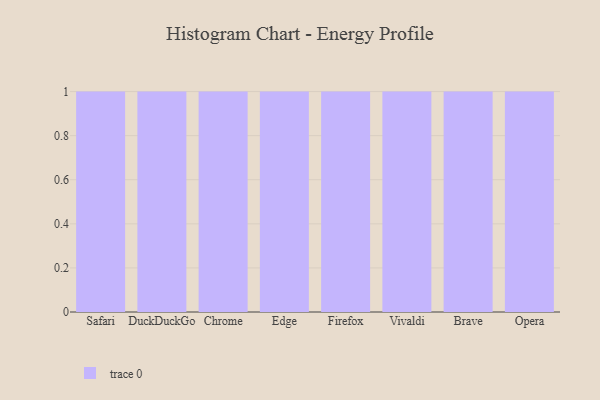
{"axis": {"x": "Browser", "y": "Shipments"}, "legend": [""], "data": [{"x": "Safari", "y": 41, "type": ""}, {"x": "DuckDuckGo", "y": 89, "type": ""}, {"x": "Chrome", "y": 10, "type": ""}, {"x": "Edge", "y": 56, "type": ""}, {"x": "Firefox", "y": 1, "type": ""}, {"x": "Vivaldi", "y": 74, "type": ""}, {"x": "Brave", "y": 52, "type": ""}, {"x": "Opera", "y": 23, "type": ""}]}